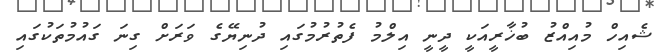
ޝެއިހް މުއިއްޒު ބުޚާރީއަކީ ދީނީ އިލްމު ފެތުރުމުގައި ދުނިޔޭގެ ވަރަށް ގިނަ ގައުމުތަކުގައި